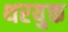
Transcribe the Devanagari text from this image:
थरयुक्त